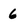
Character: 6